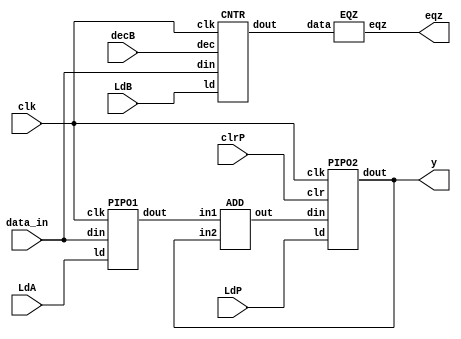
`timescale 1ns / 1ps
//////////////////////////////////////////////////////////////////////////////////
// Company: IIITA
// 
// Design Name: 
// Module Name: mul_datapath
// Project Name: 
// Target Devices: 
// Tool Versions: 
// Description: 
// 
// Dependencies: 
// 
// Revision:
// Revision 0.01 - File Created
// Additional Comments:
// 
//////////////////////////////////////////////////////////////////////////////////


module mul_datapath(y,eqz,LdA,LdB,LdP,clrP,decB,data_in,clk);
  input LdA,LdB,LdP,clrP,decB,clk;
  input [31:0] data_in;
  output eqz;
  output [31:0]y;
  wire [31:0]x,z,Bout;
  PIPO1 A(x,data_in,LdA,clk);
  PIPO2 P(y,z,LdP,clrP,clk);
  CNTR B(Bout,data_in,LdB,decB,clk);
  ADD AD(z,x,y);
  EQZ COMP(eqz,Bout);
endmodule

module PIPO1(dout,din,ld,clk);
  input [31:0] din;
  input ld,clk;
  output reg[31:0]dout;
  always@(posedge clk)
    if(ld) dout=din;
endmodule

module ADD(out,in1,in2);
  input [31:0] in1,in2;
  output [31:0] out;
  assign out=in1+in2;
endmodule

module PIPO2(dout,din,ld,clr,clk);
  input [31:0]din;
  input ld,clr,clk;
  output reg[31:0] dout;
  always @(posedge clk)
    if (clr) dout<=16'b0;
  else if(ld) dout<=din;
endmodule

module EQZ(eqz,data);
  input [31:0] data;
  output eqz;
  assign eqz=(data==0);
endmodule

module CNTR(dout,din,ld,dec,clk);
  input [31:0]din;
  input ld,dec,clk;
  output reg [31:0] dout;
  always @(posedge clk)
  begin
    if(ld) dout<=din;
    else if (dec) 
        dout<=dout-1;
    end
  
endmodule

module controller(LdA,LdB,LdP,clrP,decB,done,clk,eqz,start);
  input clk,eqz,start;
  output reg LdA,LdB,LdP,clrP,decB,done;
  reg [2:0]state;
  parameter S0=3'b000, S1=3'b001, S2=3'b010, S3=3'b011,S4=3'b100;
  always @(posedge clk)
    begin
      case(state)
        S0:if(start) state<=S1;
        S1:state<=S2;
        S2: state<=S3;
        S3: #1 if(eqz) state<=S4;
        S4:state<=S4;
        default: state<=S0;
      endcase
    end
  always @(state)
    begin
      case(state)
        S0:begin  LdA=0;LdB=0;LdP=0;clrP=1;decB=0;end
        S1:begin  LdA=1;clrP=0;end
        S2:begin  LdA=0;LdB=1;end
        S3:begin  LdB=0;LdP=1;clrP=0;decB=1;end
        S4:begin  done=1;LdB=0;LdP=0;decB=0;end
        default: begin LdA=0;LdB=0;LdP=0;clrP=0;decB=0;end
      endcase
    end
endmodule